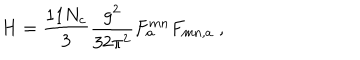
H = \frac { 1 1 N _ { c } } { 3 } \frac { g ^ { 2 } } { 3 2 \pi ^ { 2 } } F _ { a } ^ { m n } F _ { m n , a } \ ,